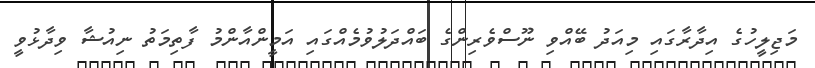
މަޖިލީހުގެ އިދާރާގައި މިއަދު ބޭއްވި ނޫސްވެރިންގެ ބައްދަލުވުމެއްގައި އަމީންއާންމު ފާތިމަތު ނިއުޝާ ވިދާޅުވީ